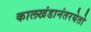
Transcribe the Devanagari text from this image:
कालखंडानंतरयेतो